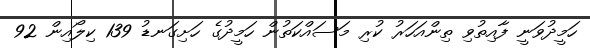
ހަމީދުވަނީ ފާއިތުވި ތިންއަހަރު ކުރި މަސައްކަތުން ހަމީދުގެ ހަށިގަނޑު 139 ކިލޯއިން 92